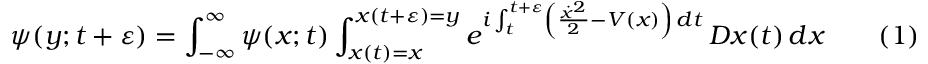
\psi ( y ; t + \varepsilon ) = \int _ { - \infty } ^ { \infty } \psi ( x ; t ) \int _ { x ( t ) = x } ^ { x ( t + \varepsilon ) = y } e ^ { i \int _ { t } ^ { t + \varepsilon } \left( { \frac { { \dot { x } } ^ { 2 } } { 2 } } - V ( x ) \right) \, d t } \, D x ( t ) \, d x \qquad ( 1 )